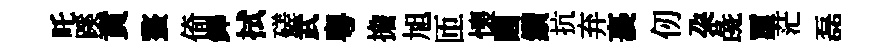
吒蹊賁螯倚鐸拭磋武粵擔旭匝懐圓鑽抗弃裹仞朶彘璽茫磊